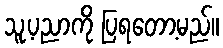
သူ့ပညာကို ပြရတော့မည်။